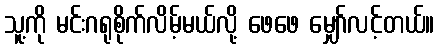
သူ့ကို မင်းဂရုစိုက်လိမ့်မယ်လို့ ဖေဖေ မျှော်လင့်တယ်။